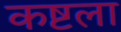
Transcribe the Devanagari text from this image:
कष्टला